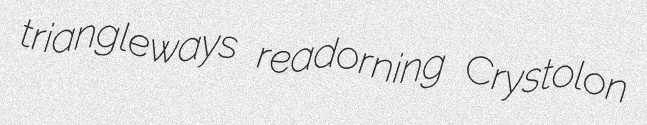
triangleways readorning Crystolon